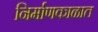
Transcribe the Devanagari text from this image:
निर्माणकाळात